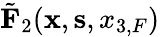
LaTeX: \tilde{\mathbf F}_{2}({{\mathbf x}},{{\mathbf s}},{x_{3,F}})